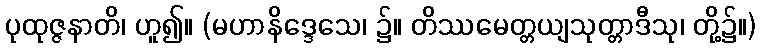
ပုထုဇ္ဇနာတိ၊ ဟူ၍။ (မဟာနိဒ္ဒေသေ၊ ၌။ တိဿမေတ္တယျသုတ္တာဒီသု၊ တို့၌။)